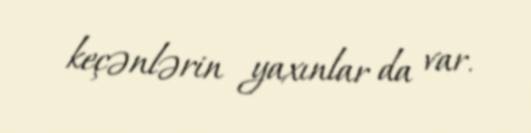
keçənlərin yaxınlar da var.